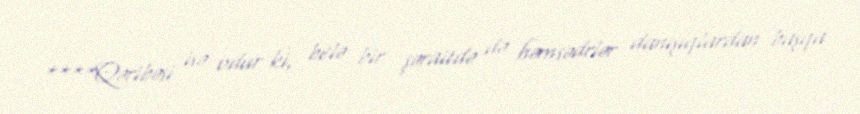
****Qəribəsi isə odur ki, belə bir şəraitdə də həmsədrlər danışıqlardan başqa